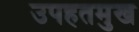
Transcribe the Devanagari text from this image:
उपहतमुख